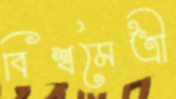
বিশ্বমৈত্রী